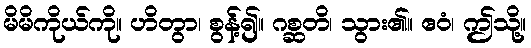
မိမိကိုယ်ကို။ ဟိတွာ၊ စွန့်၍။ ဂစ္ဆတိ၊ သွား၏။ ဧဝံ၊ ဤသို့။